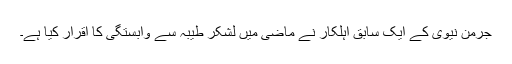
جرمن نیوی کے ایک سابق اہلکار نے ماضی میں لشکر طیبہ سے وابستگی کا اقرار کیا ہے۔